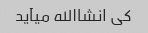
کی انشاالله میآید